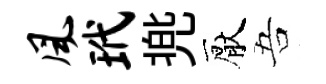
风玳兠厭吾